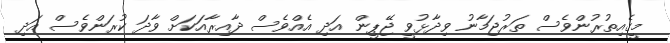
މީގެއިތުރުންވެސް ތަރުޖަމާނު ވިދާޅުވީ ޖޭޕީން އަދި އެއްވެސް ދާއިރާއަކަށް ވާދަ ކުރަންވެސް އަދި